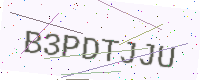
Text: B3PDTJJU